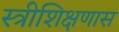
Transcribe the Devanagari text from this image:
स्त्रीशिक्षणास